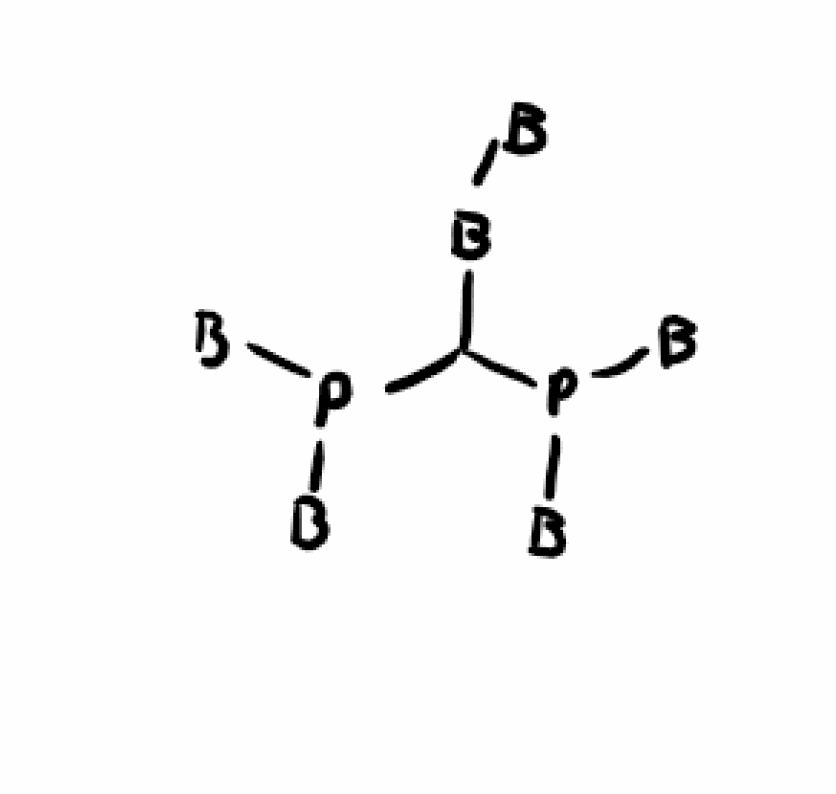
Simplified molecular-input line-entry system (SMILES) notation of the given molecule:
[B][B]C(P([B])[B])P([B])[B]